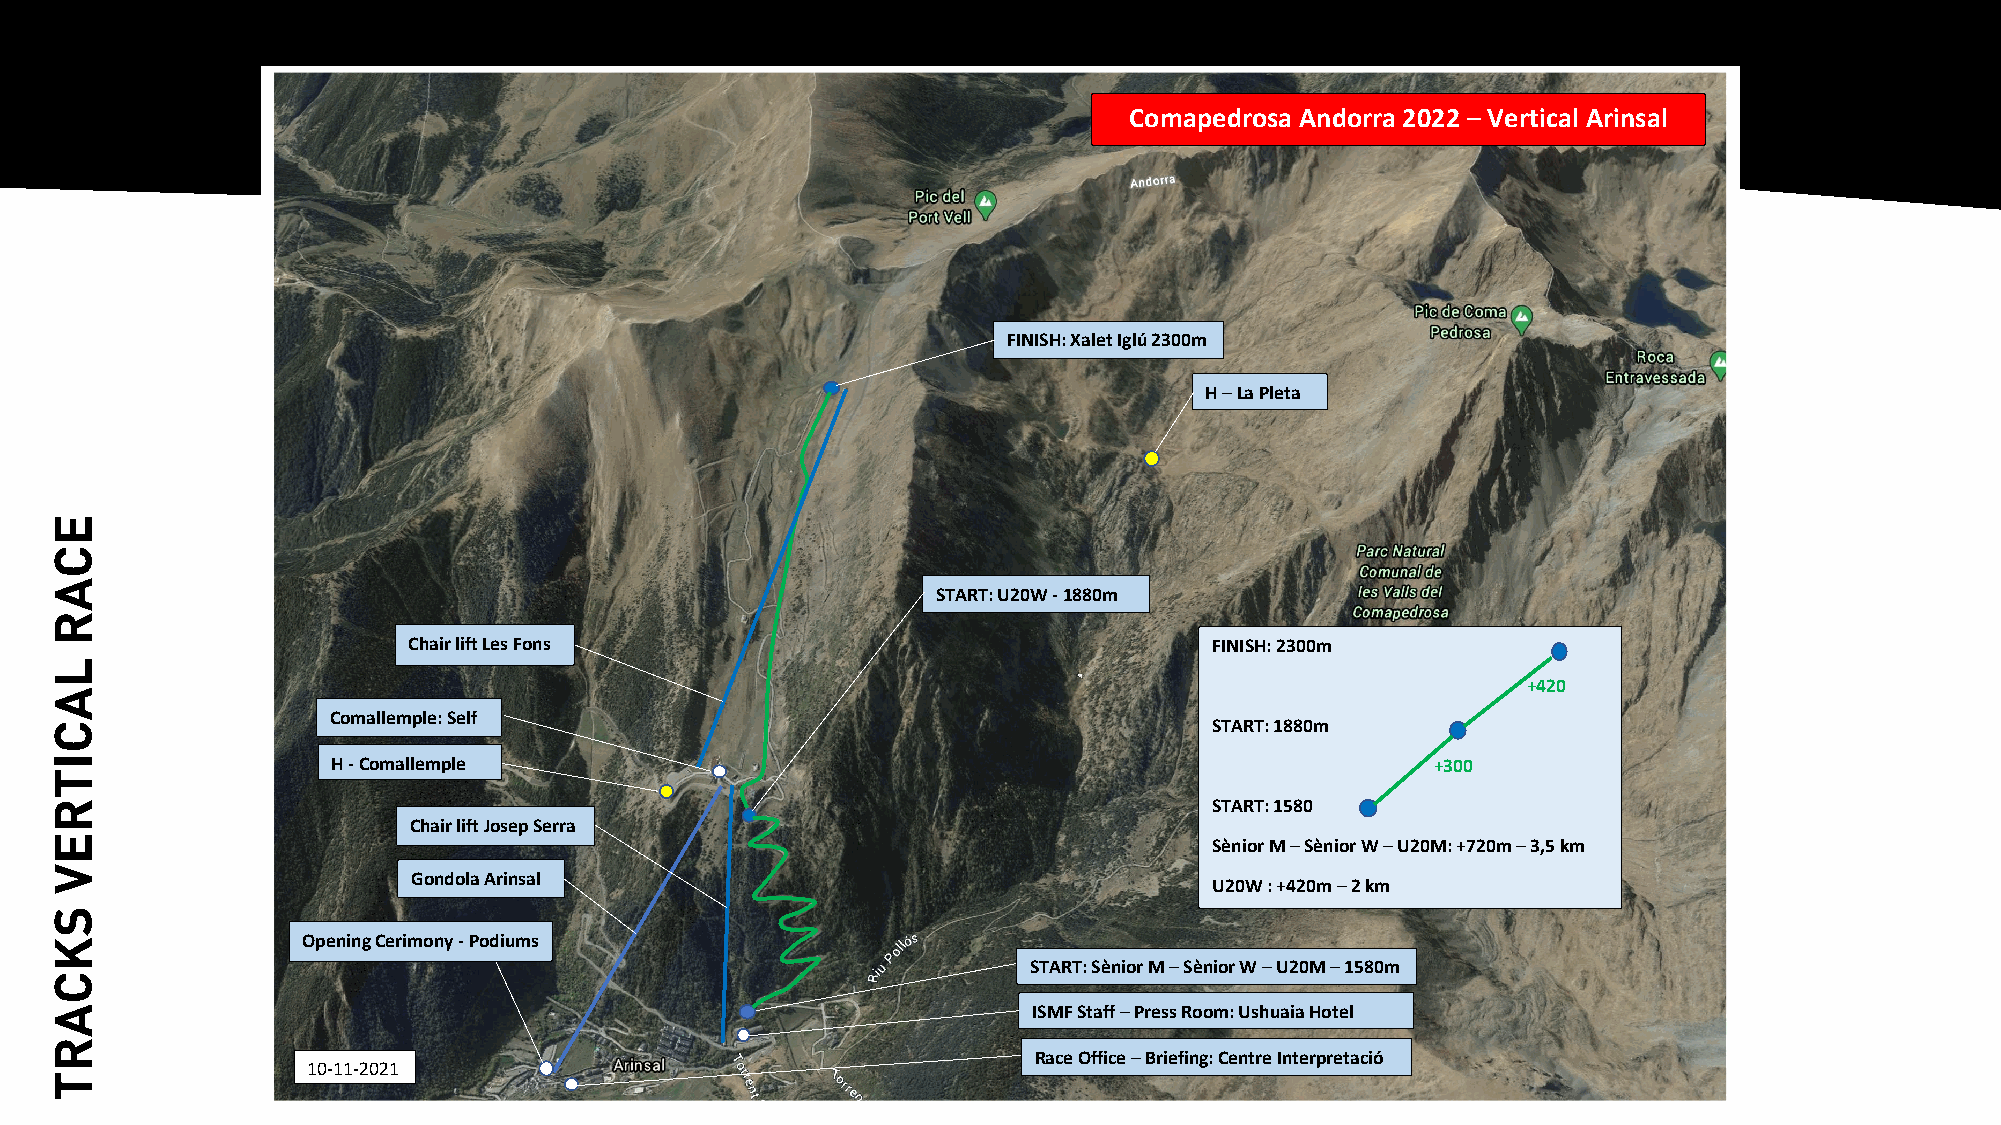
1
 6
 Comapedrosa Andorra 2022 – Vertical Arinsal
 FINISH: Xalet Iglú 2300m
 H – La Pleta
 START: U20W - 1880m
 Chair lift Les Fons                                  FINISH: 2300m
 +420
 Comallemple: Self
 START: 1880m
 H - Comallemple                                                          +300
 START: 1580
 Chair lift Josep Serra
 Sènior M – Sènior W – U20M: +720m – 3,5 km
 Gondola Arinsal
 U20W : +420m – 2 km
 Opening Cerimony - Podiums
 START: Sènior M – Sènior W – U20M – 1580m
 ISMF Staff – Press Room: Ushuaia Hotel
 Race Office – Briefing: Centre Interpretació
 10-11-2021
 ECAR
 LACITREV
 SKCART